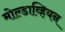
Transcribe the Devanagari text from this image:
मोल्डाव्हियन